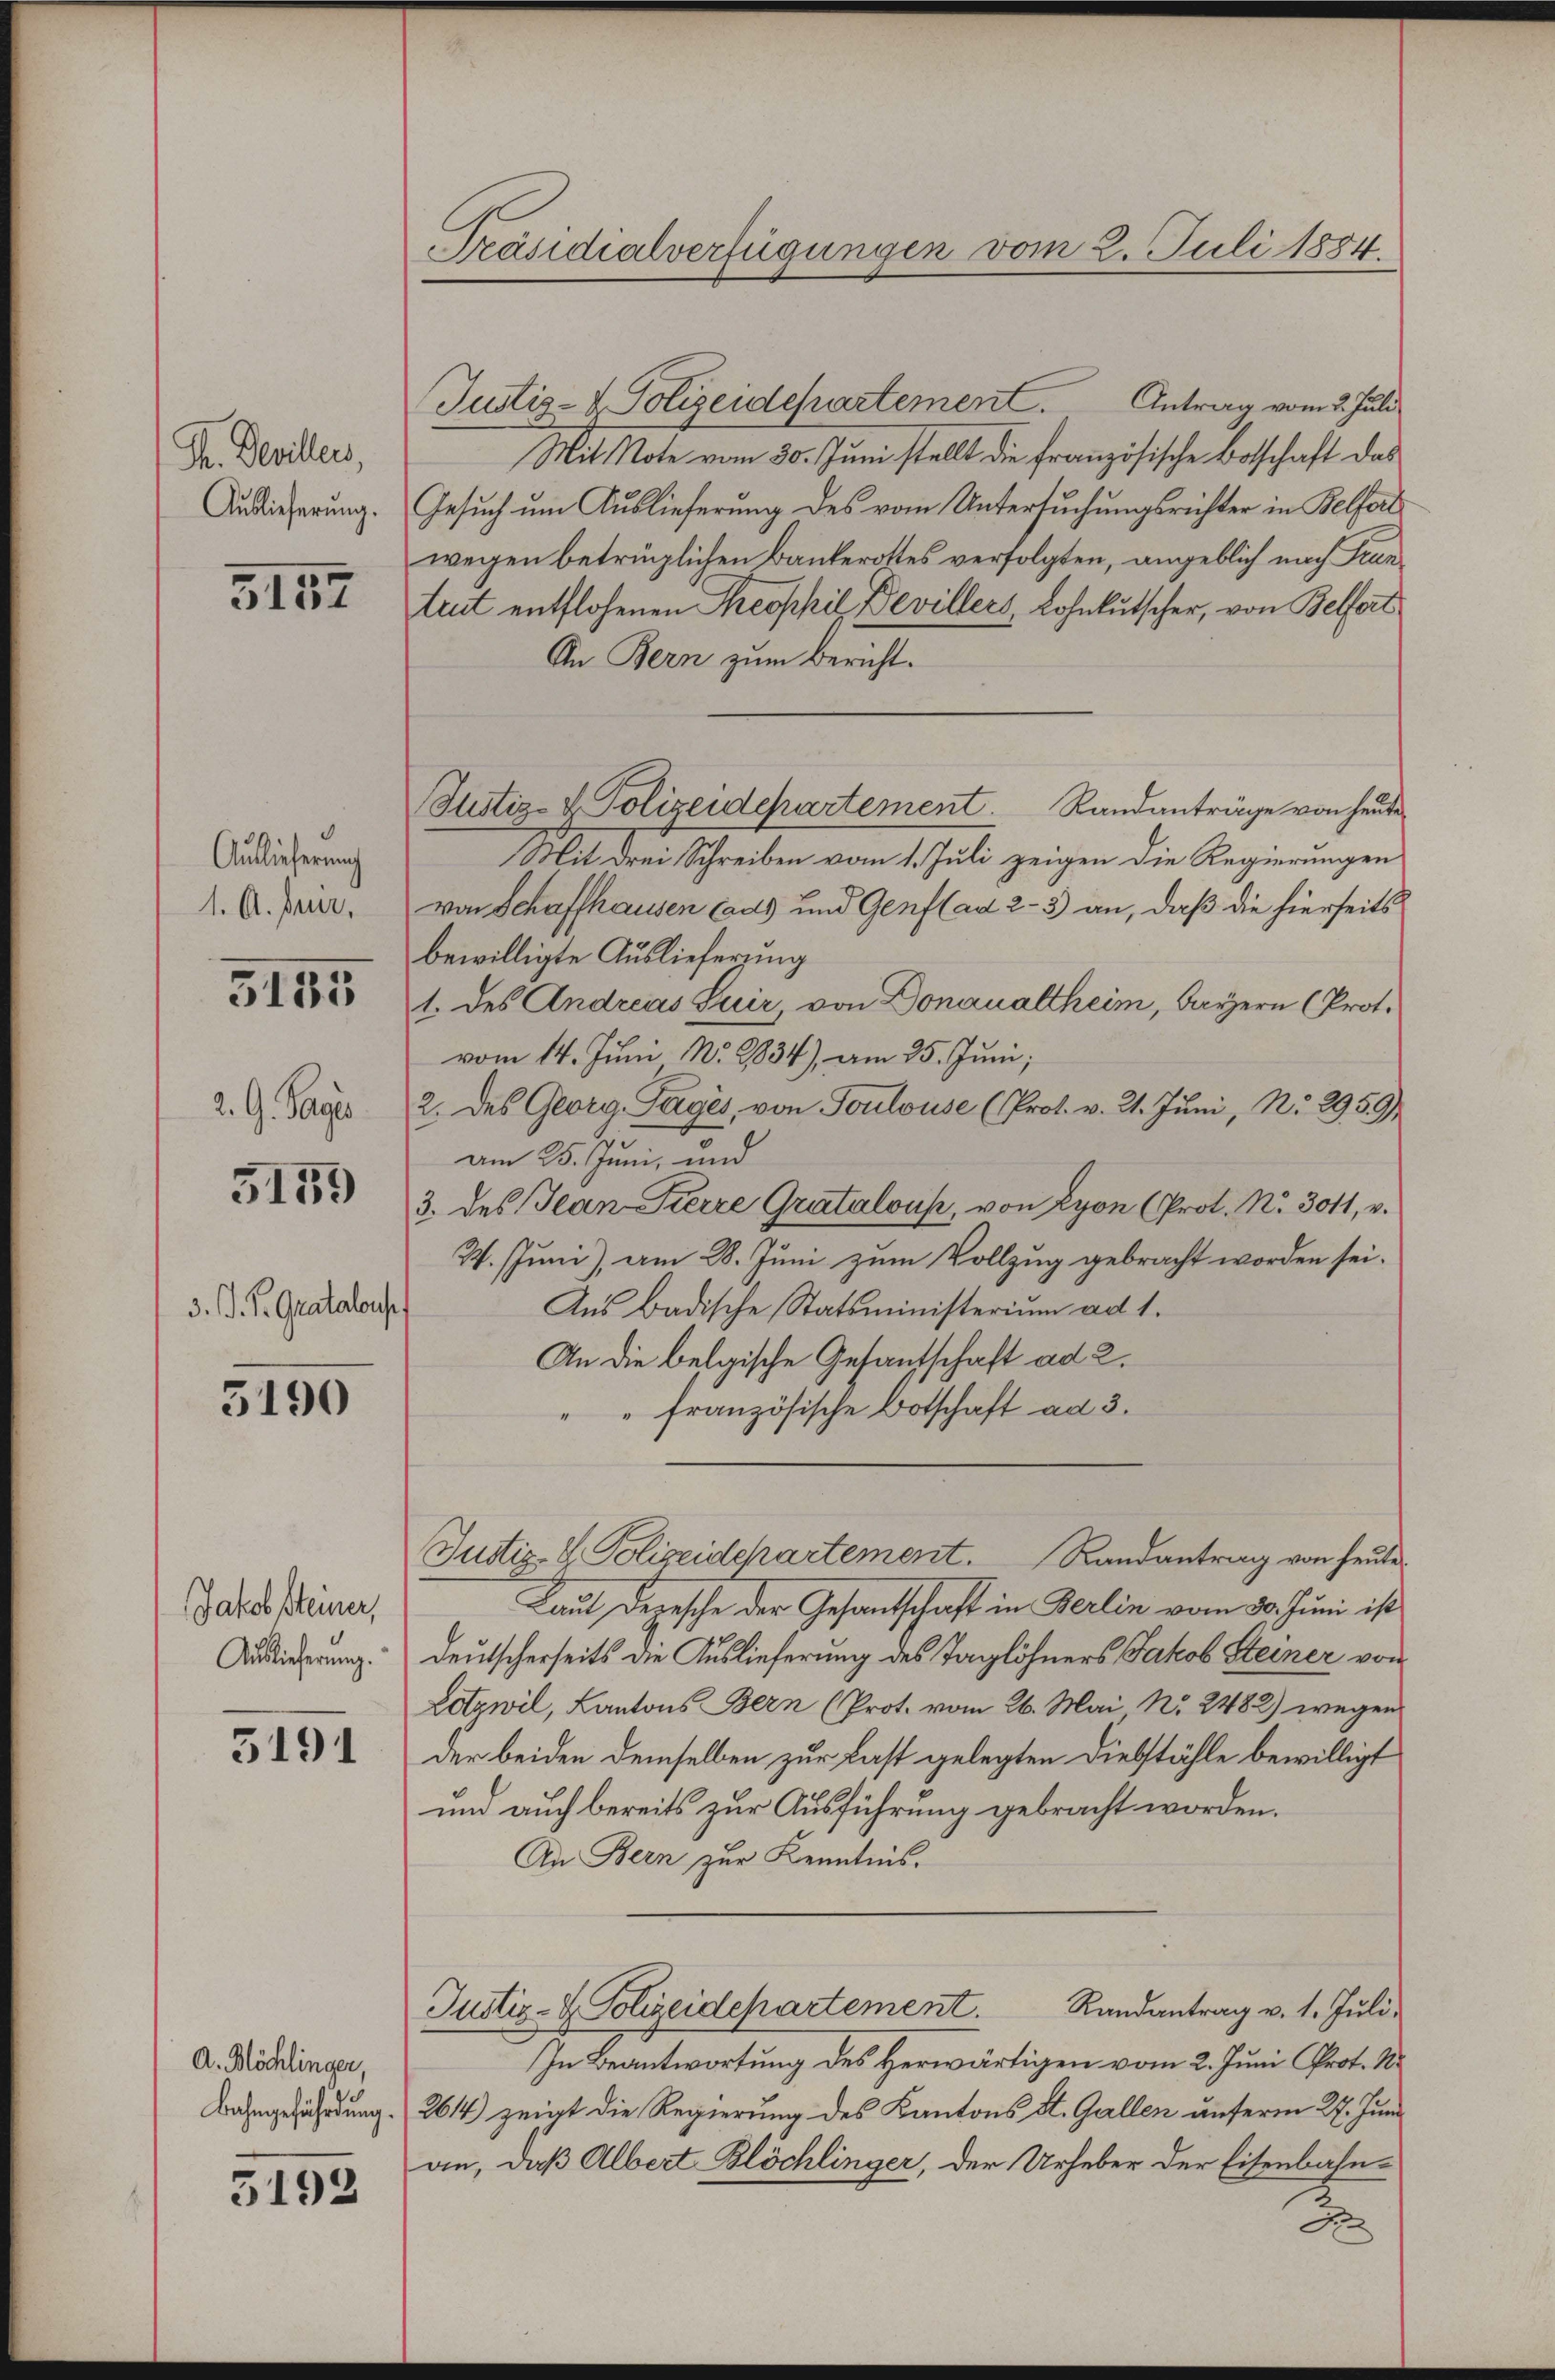
Ph. Devillers,
Auslieferung.

3157

Auslieferung
1. A. Frir,

3155

2. G. Sage

5159

3. J. K. Gratalous

3190

Jakob steiner,
Auslieferung.

3191

A. Köchlinger,

3192

Präsidialverfügungen vom 2. Juli 1884.

Justiz- & Polizeidepartement. Antrag vom 2. Juli
Mit Note vom 30. Juni stellt die französische Botschaft das
Gesuch um Auslieferung des vom Untersuchungsrichter in Belforts
wegen betrüglichen Bankerottes verfolgten, angeblich nach Frantreit entflossenen Theophil Devillers, Lohnkutscher, von Belfort
An Bern zum Bericht.
Randanträge von heute
Mit drei Schreiben vom 1. Juli zeigen die Regierungen
von Schaffhausen Cads und Genf (ad 2-3 an, daß die hierseits
bewilligte Auslieferung
1. des Andreas Suir, von Donaualtheim, Bayern (Prot.
vom 14. Juni No 2834), am 25. Juni,
2. des Georg Tages, von Toulouse (Prot. v. 21. Juni, N. 2959)
am 25. Juni, und
3. des Jean-Pierre Gratalous, von Lyon (Prot. No. 3011, v.
W. Juni), am 28. Juni zum Vollzug gebracht worden sei.
Aus Badische Statsministerium ad 1.
An die belgische Gesandschaft ad 2.
" französische Botschaft ad 3.
Justiz- & Polizeidepartement. Randantrag von heute
Laut Depesche der Gesandtschaft in Berlin vom 30. Juni ist
deutscherseits die Auslieferung des Taglöhners Jakob Steiner von
Lotzwil, Kantons Bern (Prot. vom 26. Mai Nr. 2482) wegen
der beiden demselben zur Last gelegten Diebstähle bewilligt
und auch bereits zur Ausführung gebracht worden.
An Bern zur Kenntnis.
Justiz- & Polizeidepartement. Randantrag v. 1. Jŭli
In Beantwortung des Herwärtigen vom 2. Juni Prof. R.
Bahngefährdung 264) zeigt die Regierung des Kantons St. Gallen unferm 27. Juni
an, daß Albert Blöchlinger, der Urheber der Eisenbahn-
F

Justiz- & Polizeidepartement